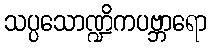
သပ္ပသောဏ္ဍိကပဗ္ဘာရော